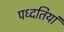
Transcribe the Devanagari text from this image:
पध्दतियां